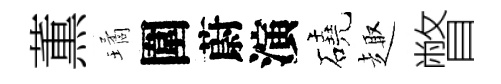
薫璚圍蔚演磽趣瞥